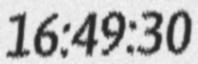
16:49:30